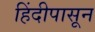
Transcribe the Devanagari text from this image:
हिंदीपासून